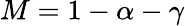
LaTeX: M=1-\alpha-\gamma